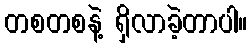
တစတစနဲ့ ရှိလာခဲ့တာပါ။